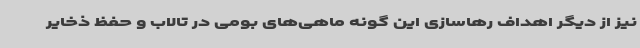
نیز از دیگر اهداف رهاسازی این گونه ماهی‌های بومی در تالاب و حفظ ذخایر